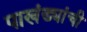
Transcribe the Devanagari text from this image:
पाखंड्यांची